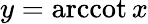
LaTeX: y=\operatorname{arccot}x